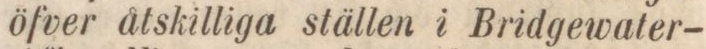
öfver åtskilliga ställen i Bridgewater-